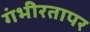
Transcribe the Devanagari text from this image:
गंभीरतापर